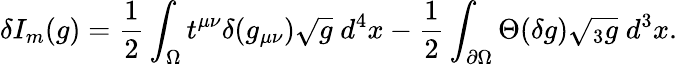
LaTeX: \delta I_{m}(g)={\frac{1}{2}}\int_{\Omega}t^{\mu\nu}\delta(g_{\mu\nu})\sqrt{g}\; d^{4}x-{\frac{1}{2}}\int_{\partial\Omega}\Theta(\delta g)\sqrt{{}_{3}g}\; d^{3}x.